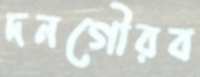
দনগৌরব